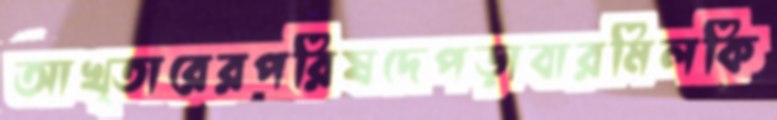
আখ্তারেরপরিষদেপড়াবারমিলকি